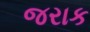
જરાક